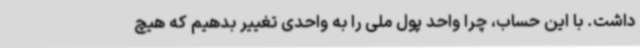
داشت. با این حساب، چرا واحد پول ملی را به واحدی تغییر بدهیم که هیچ